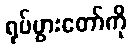
ရုပ်ပွားတော်ကို